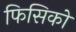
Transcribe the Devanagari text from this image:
फिसिको